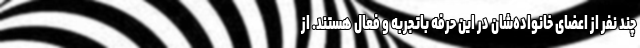
چند نفر از اعضای خانواده‌شان در این حرفه باتجربه و فعال هستند. از